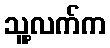
သူ့လက်က